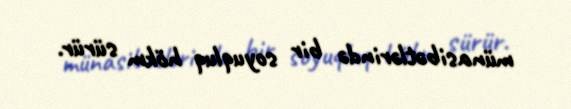
münasibətlərində bir soyuqluq hökm sürür.